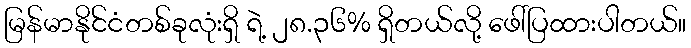
မြန်မာနိုင်ငံတစ်ခုလုံးရှိ ရဲ့ ၂၈.၃၆% ရှိတယ်လို့ ဖေါ်ပြထားပါတယ်။